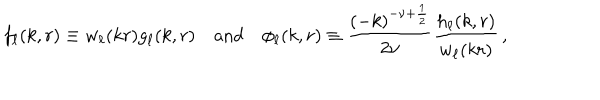
LaTeX: f _ { \ell } ( k , r ) \equiv w _ { \ell } ( k r ) g _ { \ell } ( k , r ) \quad \mathrm { a n d } \quad \phi _ { \ell } ( k , r ) \equiv \frac { ( - k ) ^ { - \nu + \frac { 1 } { 2 } } } { 2 \nu } \frac { h _ { \ell } ( k , r ) } { w _ { \ell } ( k r ) } \, ,